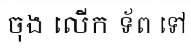
ចុង លើក ទ័ព ទៅ